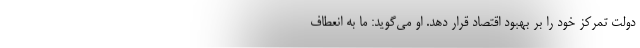
دولت تمرکز خود را بر بهبود اقتصاد قرار دهد. او می‌گوید: ما به انعطاف